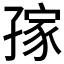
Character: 𱙿